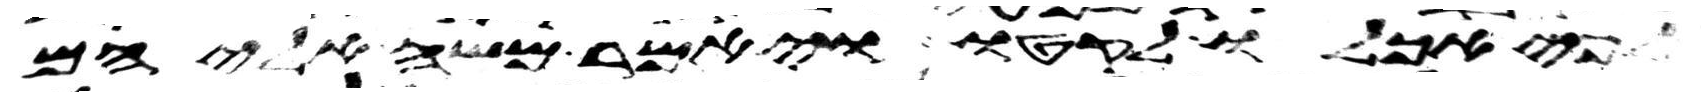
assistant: לפי אכלו לקטו ויאמר משה אליהם